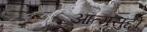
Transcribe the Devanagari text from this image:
आत्मसुद्दी